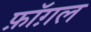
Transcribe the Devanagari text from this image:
फ़ॉग़ल